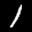
Label: 1